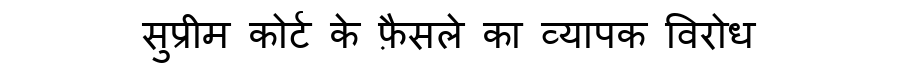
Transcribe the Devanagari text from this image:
सुप्रीम कोर्ट के फ़ैसले का व्यापक विरोध